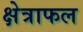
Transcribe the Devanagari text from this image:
क्षेत्राफल